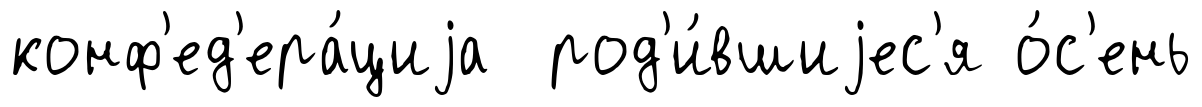
конф'ед'ера́циjа род'и́вшиjес'я о́с'ень